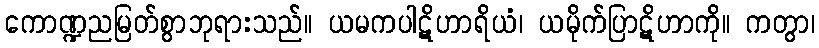
ကောဏ္ဍညမြတ်စွာဘုရားသည်။ ယမကပါဋိဟာရိယံ၊ ယမိုက်ပြာဋိဟာကို။ ကတွာ၊